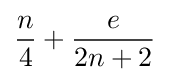
{\frac {n}{4}}+{\frac {e}{2n+2}}